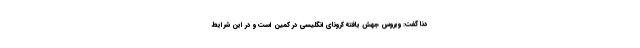
دنا گفت: ویروس جهش یافته کرونای انگلیسی در کمین است و در این شرایط